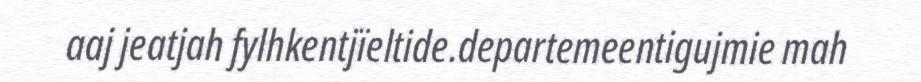
aaj jeatjah fylhkentjïeltide.departemeentigujmie mah